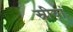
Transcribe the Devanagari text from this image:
स्रीयां